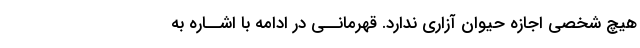
هیچ شخصى اجازه حیوان آزارى ندارد. قهرمانــى در ادامه با اشــاره به